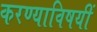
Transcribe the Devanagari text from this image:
करण्याविषयीं